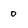
Character: 0